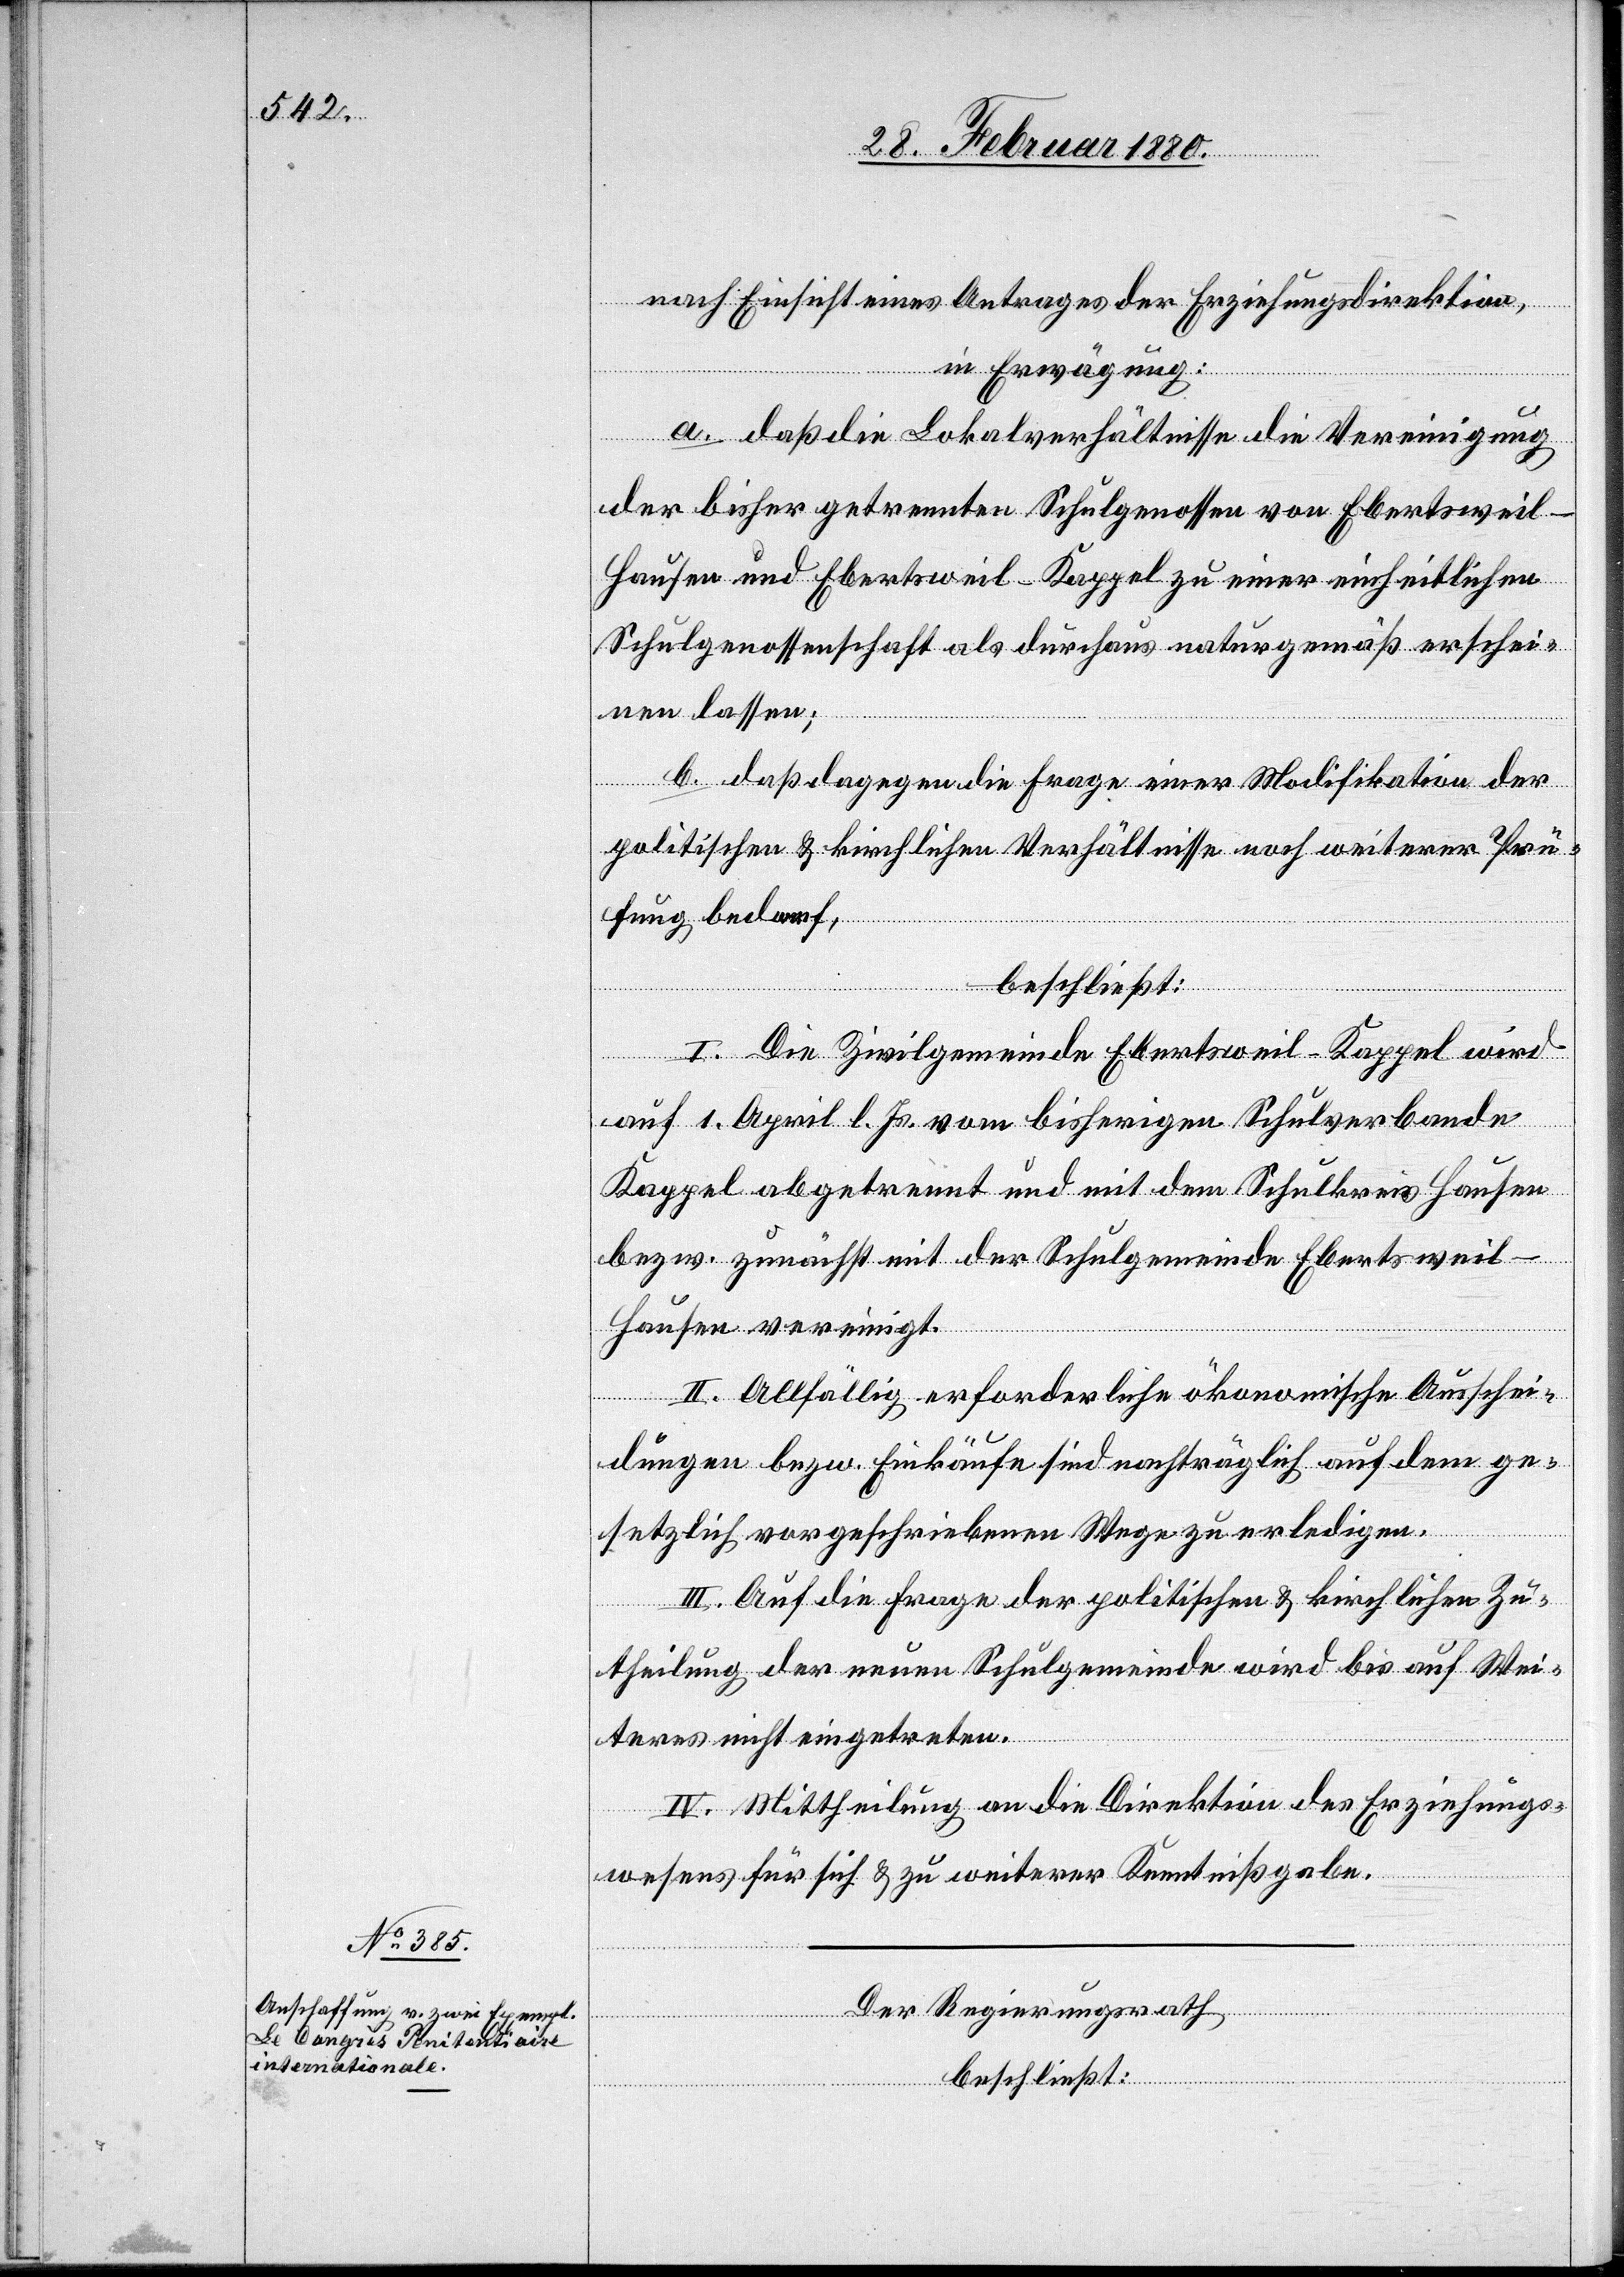
nach Einsicht eines Antrages der Erziehungsdirektion,
in Erwägung:
a. daß die Lokalverhältnisse die Vereinigung
der bisher getrennten Schulgenossen von Ebertsweil-H¬
ausen und Ebertsweil-Kappel zu einer einheitlichen
Schulgenossenschaft als durchaus naturgemäß erschei¬
nen lassen;
b. daß dagegen die Frage einer Modifikation der
politischen & kirchlichen Verhältnisse noch weiterer Prü¬
fung bedarf,
beschließt:
I. Die Zivilgemeinde Ebertsweil-Kappel wird
auf 1. April d. Js. vom bisherigen Schulverbande
Kappel abgetrennt und mit dem Schulkreis Hausen
bezw. zunächst mit der Schulgemeinde Ebertsweil-H¬
ausen vereinigt.
II. Allfällig erforderliche ökonomische Ausschei¬
dungen bezw. Einkäufe sind nachträglich auf dem ge¬
setzlich vorgeschriebenen Wege zu erledigen.
III. Auf die Frage der politischen & kirchlichen Zu¬
theilung der neuen Schulgemeinde wird bis auf Wei¬
teres nicht eingetreten.
IV. Mittheilung an die Direktion des Erziehungs¬
wesens für sich & zu weiterer Kenntnißgabe.
Der Regierungsrath,
beschließt: